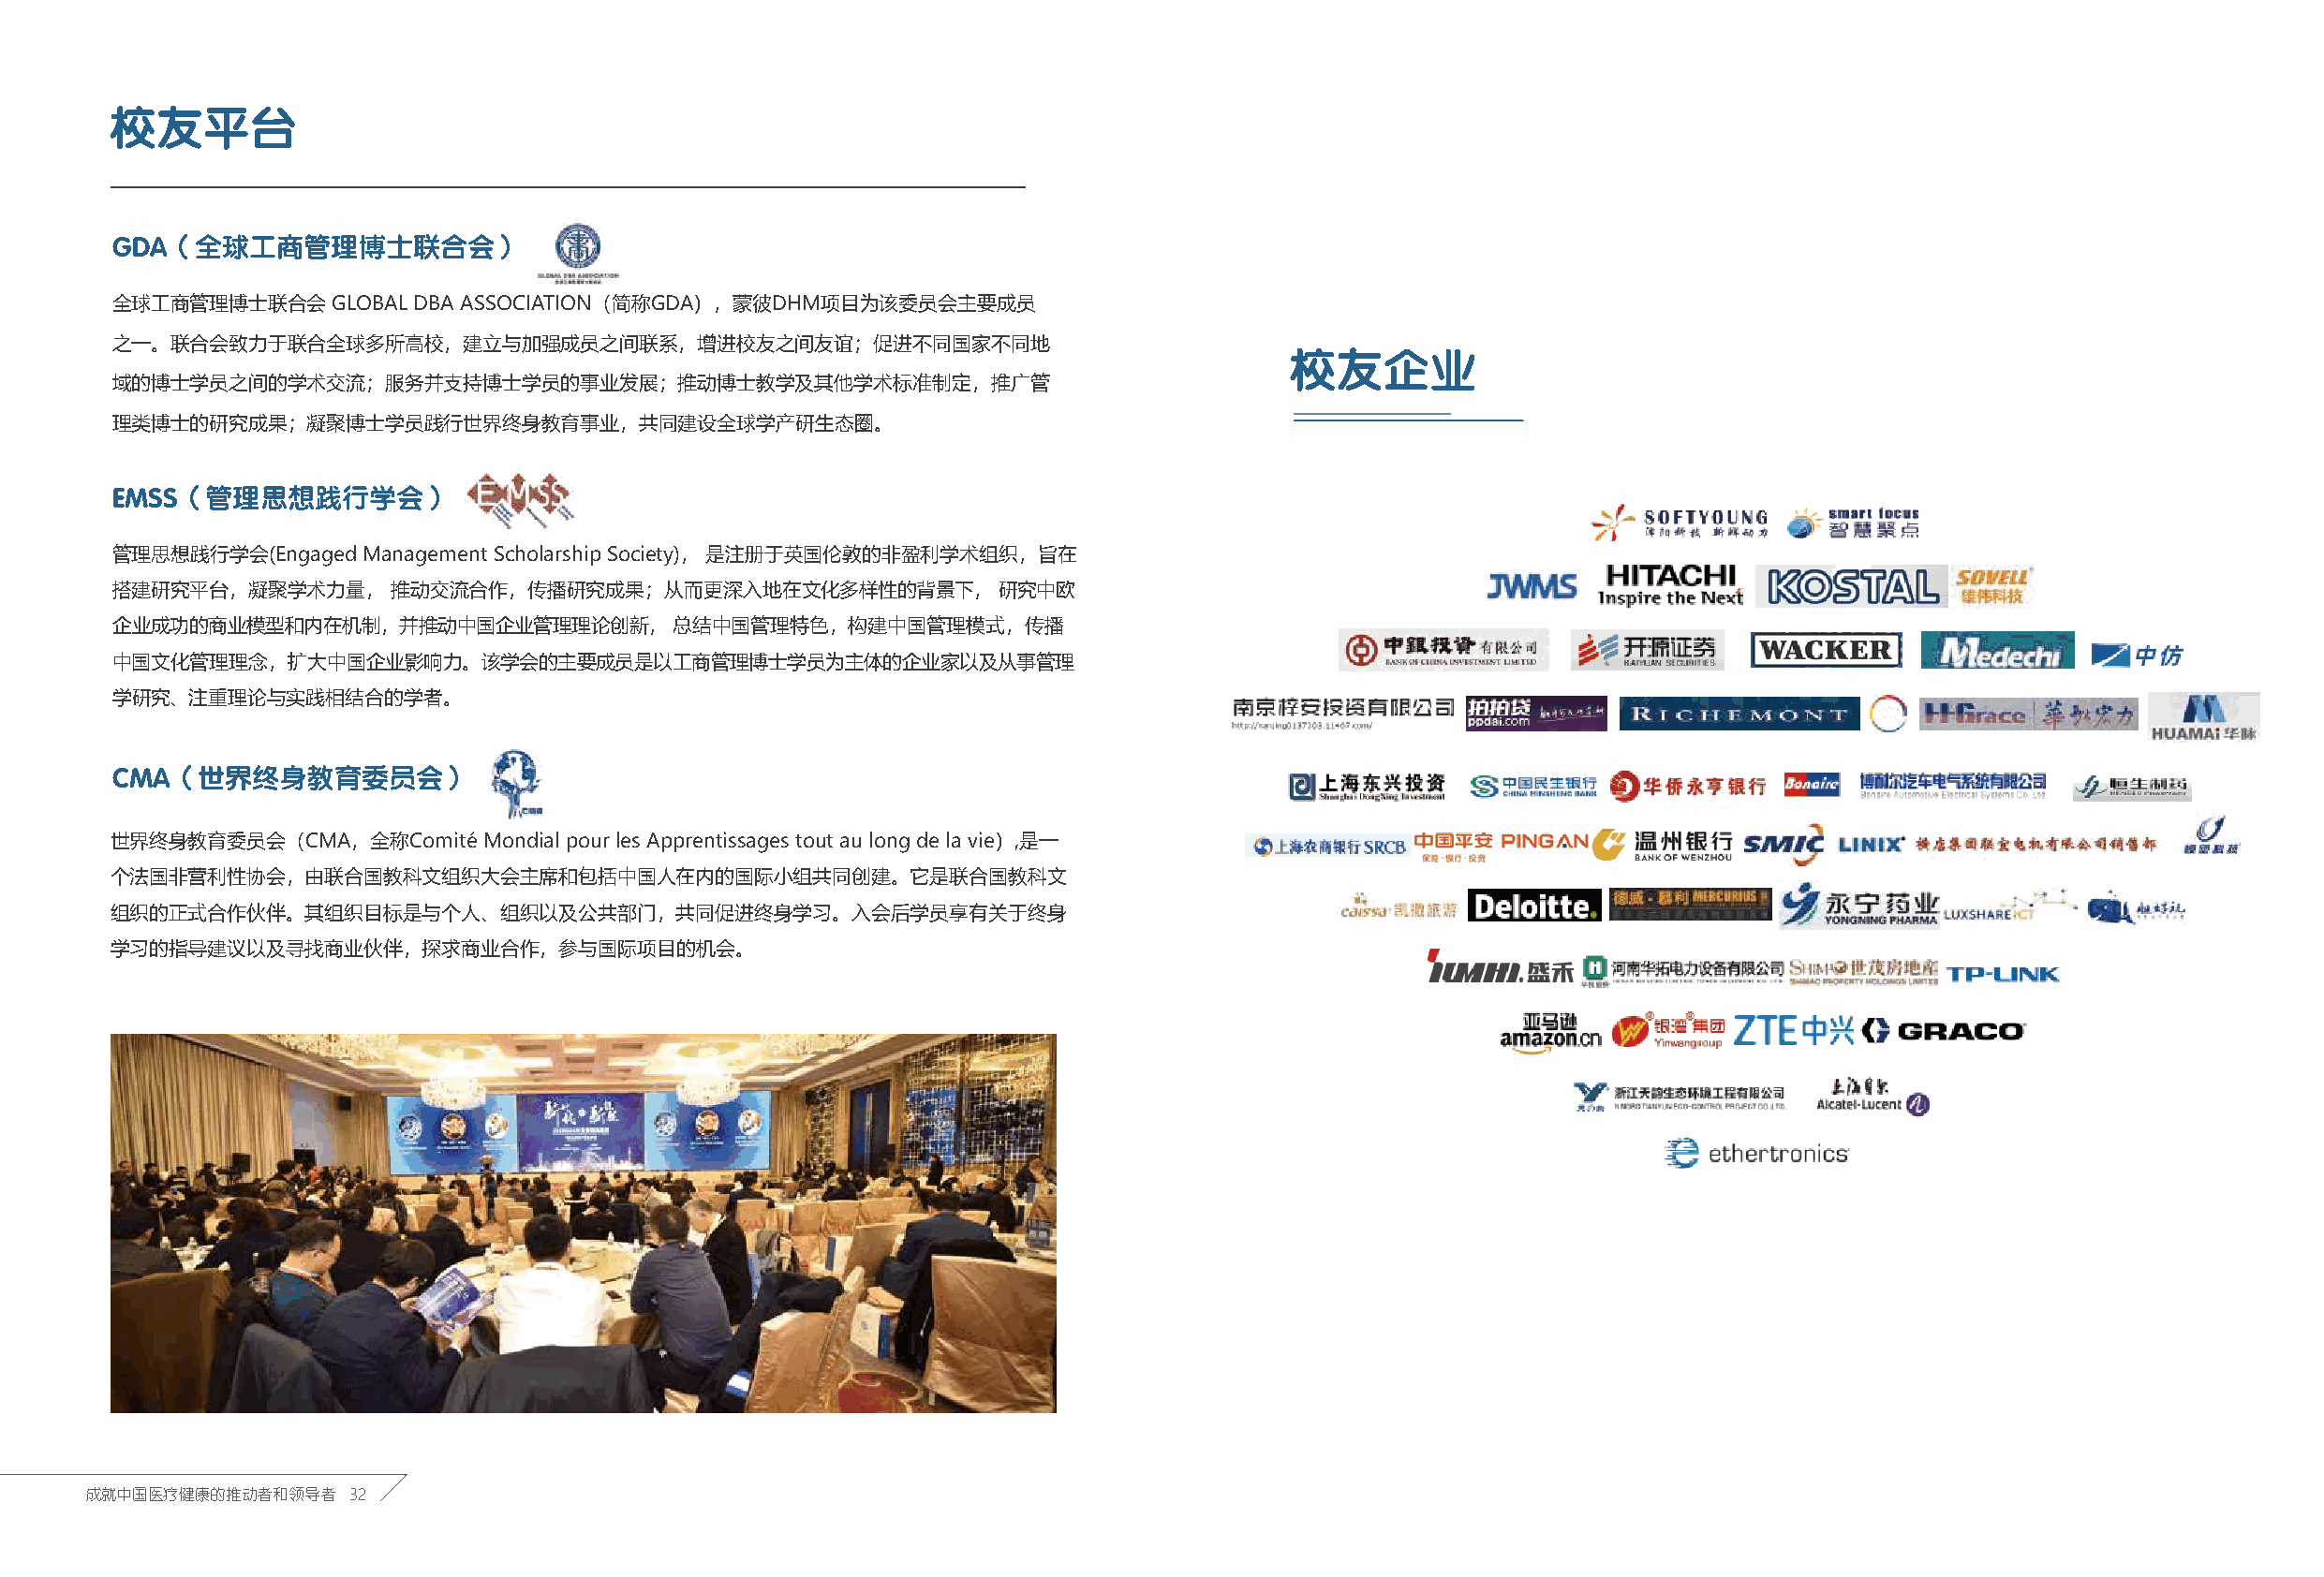
校友平台
 GDA（全球工商管理博士联合会）
 全球工商管理博士联合会     GLOBAL DBA ASSOCIATION（简称GDA），蒙彼DHM项目为该委员会主要成员
 之一。联合会致力于联合全球多所高校，建立与加强成员之间联系，增进校友之间友谊；促进不同国家不同地
 校友企业
 域的博士学员之间的学术交流；服务并支持博士学员的事业发展；推动博士教学及其他学术标准制定，推广管
 理类博士的研究成果；凝聚博士学员践行世界终身教育事业，共同建设全球学产研生态圈。
 EMSS（管理思想践行学会）
 管理思想践行学会(Engaged  Management Scholarship Society)， 是注册于英国伦敦的非盈利学术组织，旨在
 搭建研究平台，凝聚学术力量，      推动交流合作，传播研究成果；从而更深入地在文化多样性的背景下，            研究中欧
 企业成功的商业模型和内在机制，并推动中国企业管理理论创新，           总结中国管理特色，构建中国管理模式，传播
 中国文化管理理念，扩大中国企业影响力。该学会的主要成员是以工商管理博士学员为主体的企业家以及从事管理
 学研究、注重理论与实践相结合的学者。
 CMA（世界终身教育委员会）
 世界终身教育委员会（CMA，全称Comité    Mondial pour les Apprentissages tout au long de la vie）,是一
 个法国非营利性协会，由联合国教科文组织大会主席和包括中国人在内的国际小组共同创建。它是联合国教科文
 组织的正式合作伙伴。其组织目标是与个人、组织以及公共部门，共同促进终身学习。入会后学员享有关于终身
 学习的指导建议以及寻找商业伙伴，探求商业合作，参与国际项目的机会。
 成就中国医疗健康的推动者和领导者   32